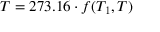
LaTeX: T = 2 7 3 . 1 6 \cdot f ( T _ { 1 } , T )